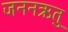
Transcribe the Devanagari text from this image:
जननऋतु